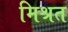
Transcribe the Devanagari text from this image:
मिश्रत